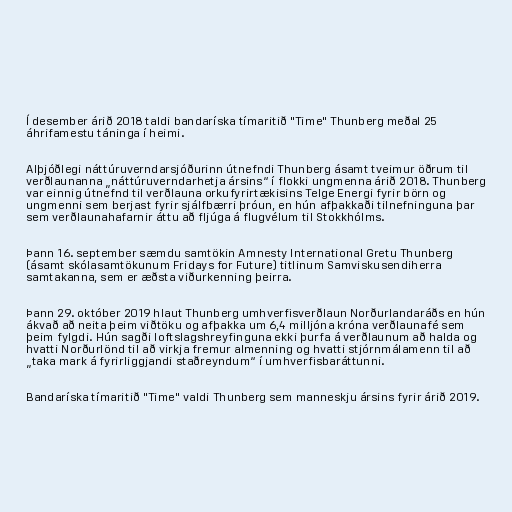
Í desember árið 2018 taldi bandaríska tímaritið "Time" Thunberg meðal 25
áhrifamestu táninga í heimi.

Alþjóðlegi náttúruverndarsjóðurinn útnefndi Thunberg ásamt tveimur öðrum til
verðlaunanna „náttúruverndarhetja ársins“ í flokki ungmenna árið 2018. Thunberg
var einnig útnefnd til verðlauna orkufyrirtækisins Telge Energi fyrir börn og
ungmenni sem berjast fyrir sjálfbærri þróun, en hún afþakkaði tilnefninguna þar
sem verðlaunahafarnir áttu að fljúga á flugvélum til Stokkhólms.

Þann 16. september sæmdu samtökin Amnesty International Gretu Thunberg
(ásamt skólasamtökunum Fridays for Future) titlinum Samviskusendiherra
samtakanna, sem er æðsta viðurkenning þeirra.

Þann 29. október 2019 hlaut Thunberg umhverfisverðlaun Norðurlandaráðs en hún
ákvað að neita þeim viðtöku og afþakka um 6,4 milljóna króna verðlaunafé sem
þeim fylgdi. Hún sagði loftslagshreyfinguna ekki þurfa á verðlaunum að halda og
hvatti Norðurlönd til að virkja fremur almenning og hvatti stjórnmálamenn til að
„taka mark á fyrirliggjandi staðreyndum“ í umhverfisbaráttunni.

Bandaríska tímaritið "Time" valdi Thunberg sem manneskju ársins fyrir árið 2019.